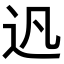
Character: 𨑙